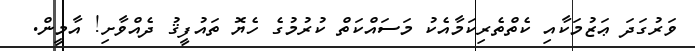
ވަރުގަދަ ޢަޒުމަކާއި ކެތްތެރިކަމާއެކު މަސައްކަތް ކުރުމުގެ ހެޔޮ ތައުފީޤު ދެއްވާށި! އާމީން.